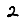
Digit: 2